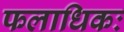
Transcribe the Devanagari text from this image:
फलाधिकः